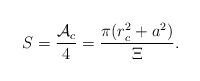
LaTeX: \begin{align*}S=\frac{\mathcal{A}_c}4=\frac{\pi (r_c^2+a^2)}\Xi . \end{align*}